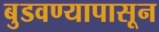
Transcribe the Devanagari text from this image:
बुडवण्यापासून